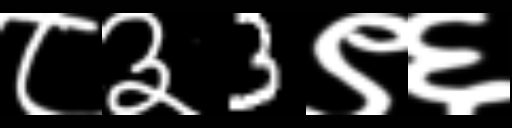
Text: ८३3९६